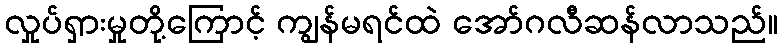
လှုပ်ရှားမှုတို့ကြောင့် ကျွန်မရင်ထဲ အော်ဂလီဆန်လာသည်။